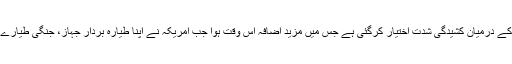
ان پابندیوں کے موثر ہونے کے بعد سے دونوں ملکوں کے درمیان کشیدگی شدت اختیار کرگئی ہے جس میں مزید اضافہ اس وقت ہوا جب امریکہ نے اپنا طیارہ بردار جہاز، جنگی طیارے اور میزائل بیٹریاں مشرقِ وسطیٰ بھیجنے کا اعلان کیا۔